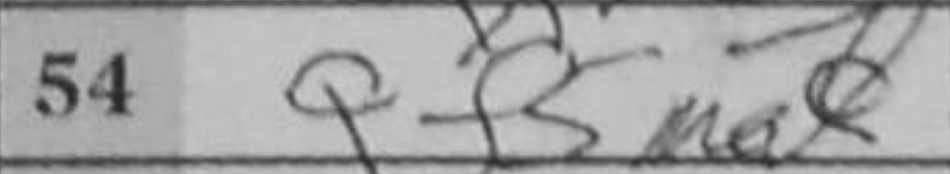
Transcription: Qf5